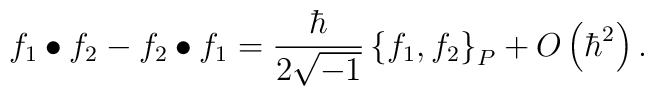
f_1\bullet f_2-f_2\bullet f_1=\frac{\hbar}{2\sqrt{-1}}\left\{f_1,f_2\right\}_P+O\left(\hbar^2\right).